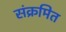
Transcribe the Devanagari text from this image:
संक्रमित